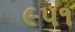
૯૫૧